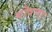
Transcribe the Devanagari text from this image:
घॊषणा